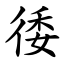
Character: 㣦